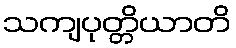
သကျပုတ္တိယာတိ